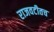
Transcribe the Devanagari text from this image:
राजवटीतच